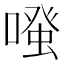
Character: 𠽟